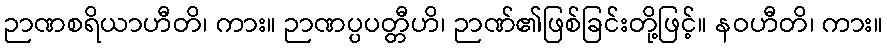
ဉာဏစရိယာဟီတိ၊ ကား။ ဉာဏပ္ပပတ္တီဟိ၊ ဉာဏ်၏ဖြစ်ခြင်းတို့ဖြင့်။ နဝဟီတိ၊ ကား။